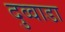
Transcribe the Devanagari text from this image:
दुव्वाडा